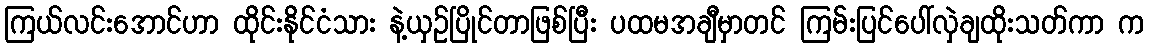
ကြယ်လင်းအောင်ဟာ ထိုင်းနိုင်ငံသား နဲ့ယှဉ်ပြိုင်တာဖြစ်ပြီး ပထမအချီမှာတင် ကြမ်းပြင်ပေါ်လှဲချထိုးသတ်ကာ က